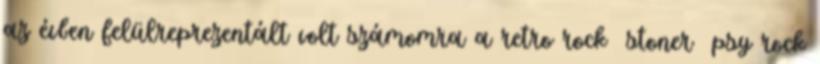
az évben felülreprezentált volt számomra a retro rock stoner psy rock